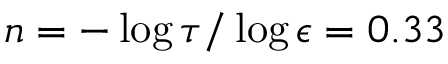
n = - \log \tau / \log \epsilon = 0 . 3 3